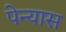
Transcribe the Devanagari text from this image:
पेन्यास